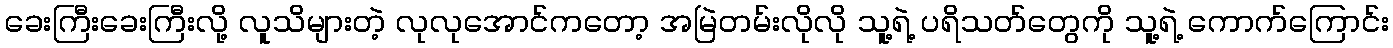
ခေးကြီးခေးကြီးလို့ လူသိများတဲ့ လုလုအောင်ကတော့ အမြဲတမ်းလိုလို သူ့ရဲ့ ပရိသတ်တွေကို သူ့ရဲ့ ကောက်ကြောင်း